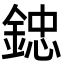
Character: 𨨩